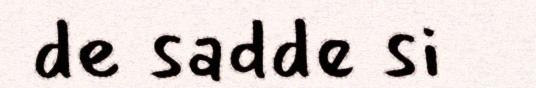
de sadde si